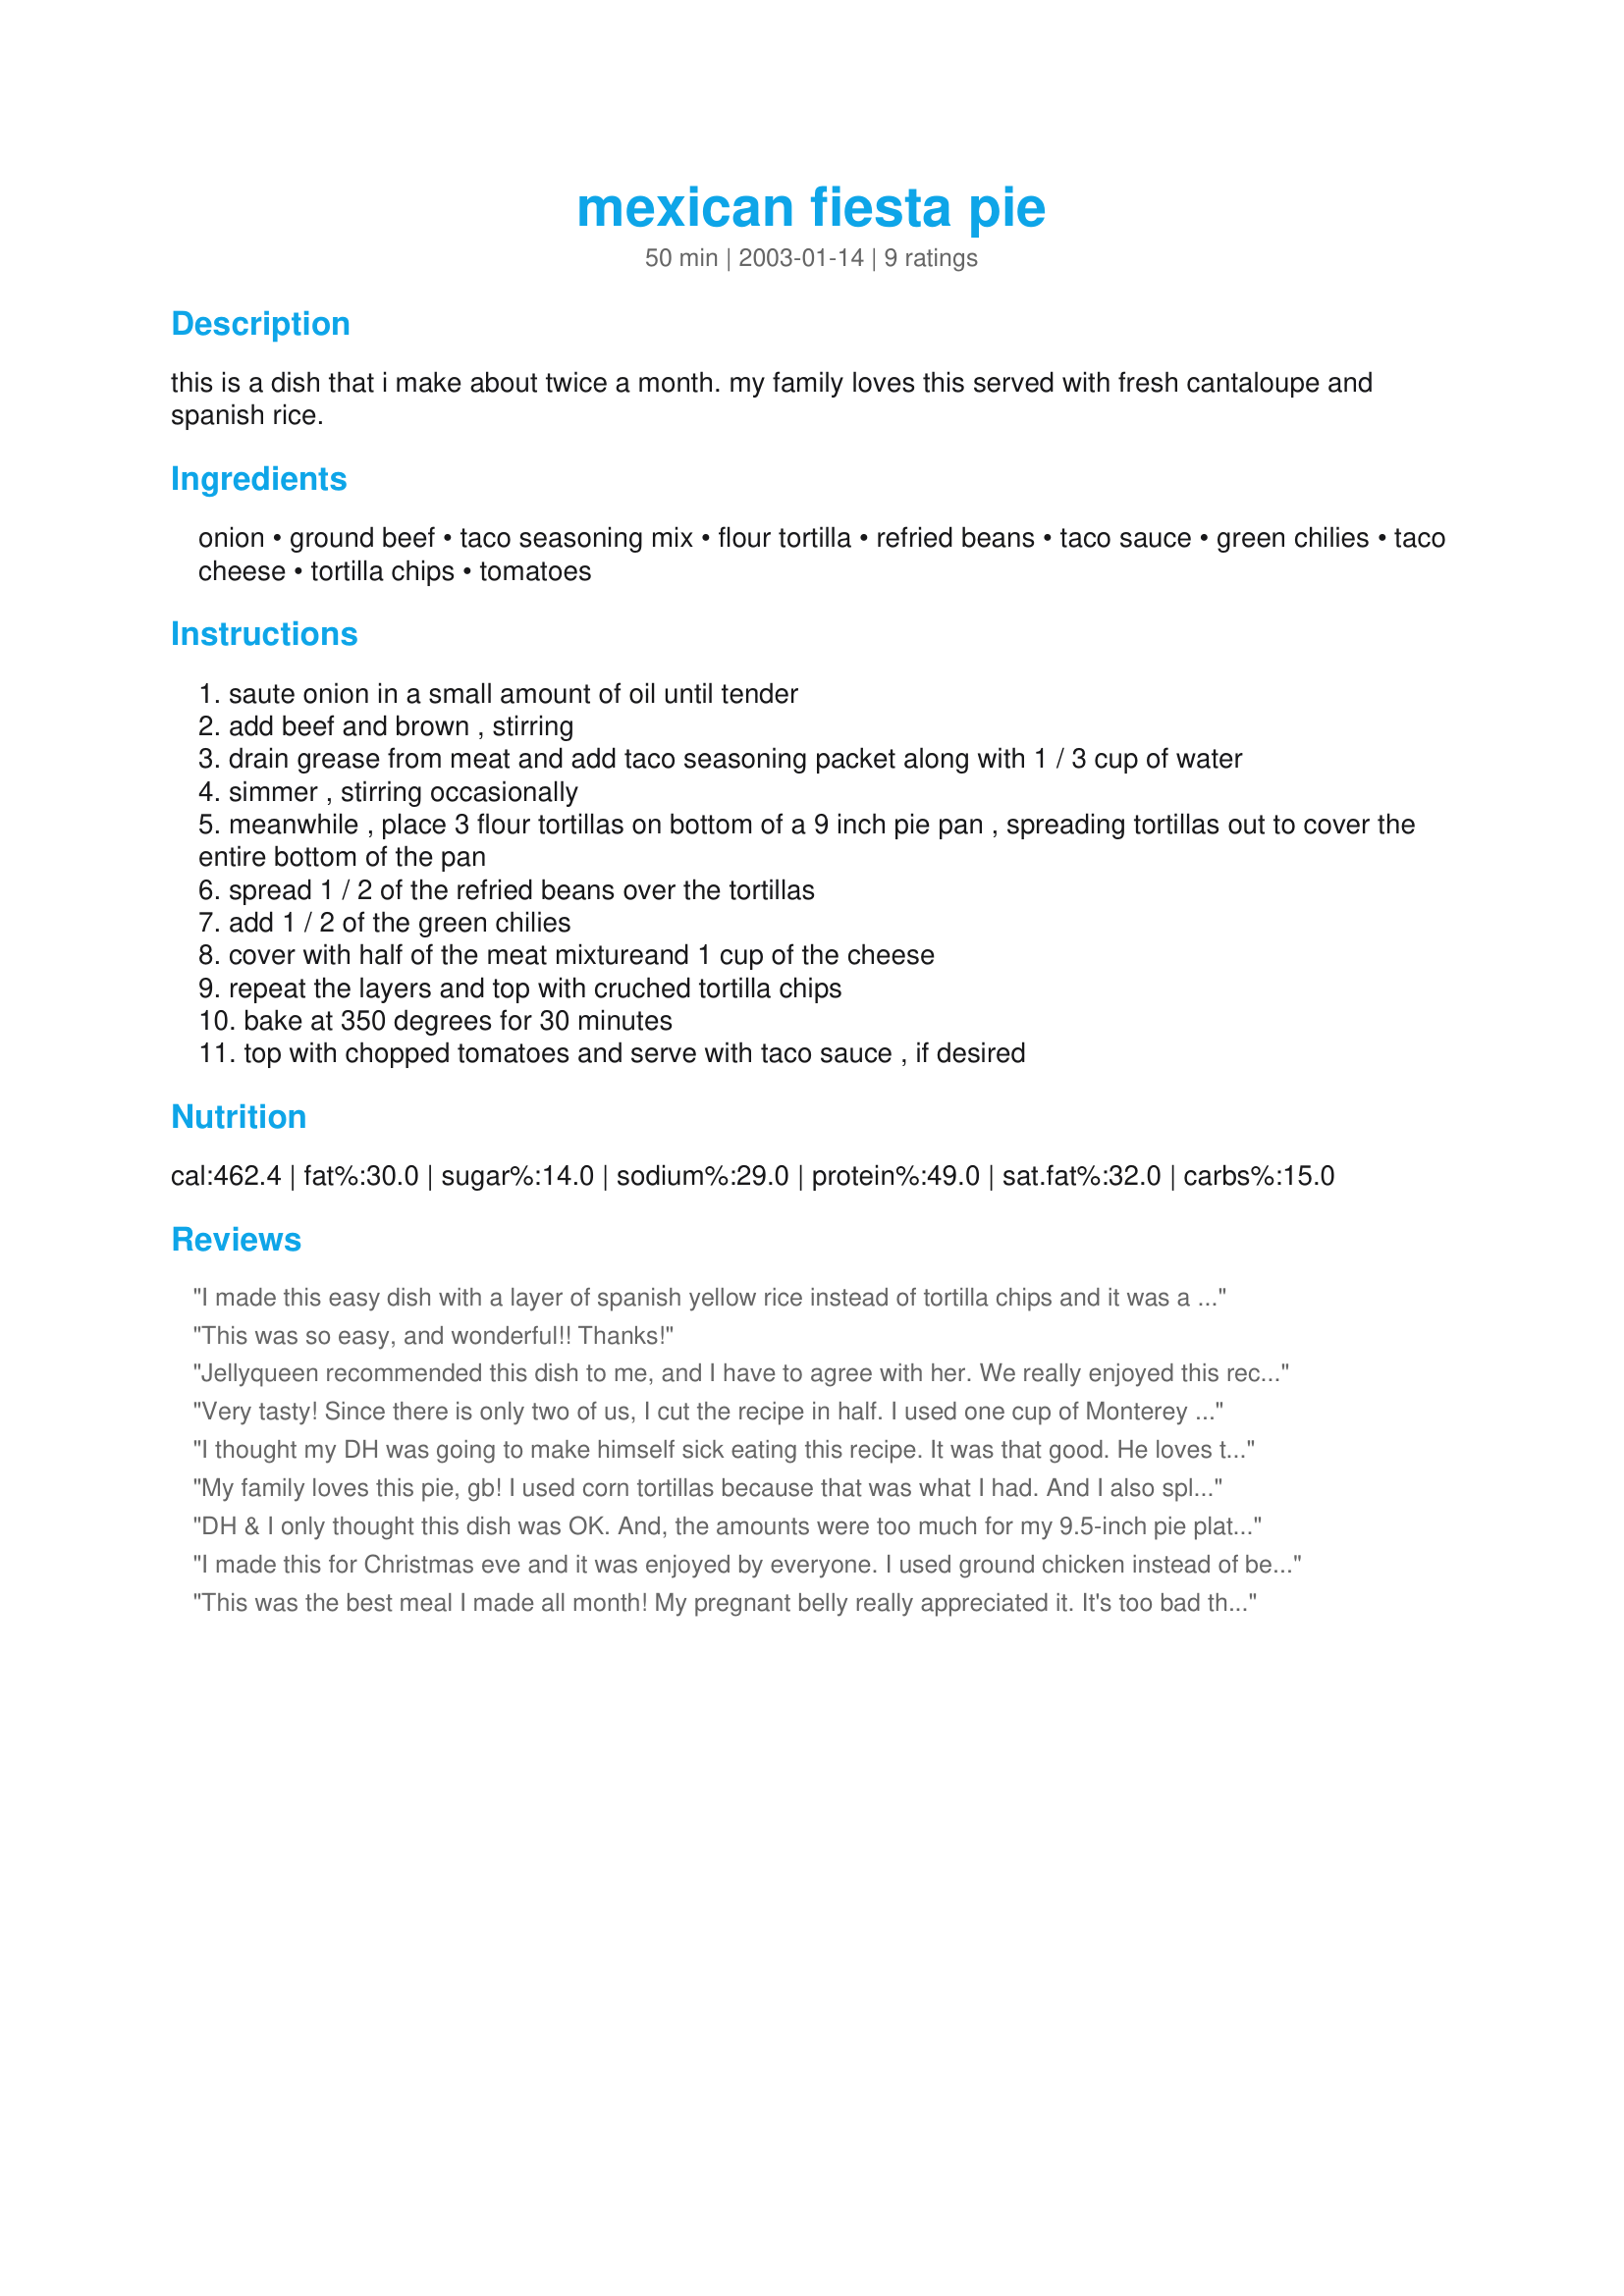
mexican fiesta pie
Preparation time: 50 minutes

this is a dish that i make about twice a month. my family loves this served with fresh cantaloupe and spanish rice.

Ingredients:
onion, ground beef, taco seasoning mix, flour tortilla, refried beans, taco sauce, green chilies, taco cheese, tortilla chips, tomatoes

Steps:
saute onion in a small amount of oil until tender
add beef and brown , stirring
drain grease from meat and add taco seasoning packet along with 1 / 3 cup of water
simmer , stirring occasionally
meanwhile , place 3 flour tortillas on bottom of a 9 inch pie pan , spreading tortillas out to cover the entire bottom of the pan
spread 1 / 2 of the refried beans over the tortillas
add 1 / 2 of the green chilies
cover with half of the meat mixtureand 1 cup of the cheese
repeat the layers and top with cruched tortilla chips
bake at 350 degrees for 30 minutes
top with chopped tomatoes and serve with taco sauce , if desired

Reviews:
I made this easy dish with a layer of spanish yellow rice instead of tortilla chips and it was a hit at a pot luck I attended. I served it with sour cream and guacamole. Many of the women asked for the recipe.
This was so easy, and wonderful!! Thanks!
Jellyqueen recommended this dish to me, and I have to agree with her. We really enjoyed this recipe.
Very tasty! Since there is only two of us, I cut the recipe in half. I used one cup of Monterey Jack cheese (I didn't have any colby to mix with it). I followed the recipe to a T, and the result was a very tasty supper, which I served with sour cream, and Mexican rice! Thanks for sharing this great recipe, gbmom! It will be a regular menu item in our house!
I thought my DH was going to make himself sick eating this recipe. It was that good. He loves trying my new recipes and gives me his opinion on them. This one is one that he will want often. I did scale the recipe down to serve 2 and used even less meat than the scaled version called for. We are not great big meat eaters. I also didn't have the taco cheese blend, so I used a American/Cheddar blend. I am sure it will be even better next time when I have the correct blend of cheese. Thanks for this quick and easy recipe.
My family loves this pie, gb! I used corn tortillas because that was what I had. And I also splashed a bit of taco sauce in the layers, too. My husband loved it so much, he had two huge servings, and swiped the rest for lunch the next day! We had chopped tomatoes and plain yogurt(which I prefer to sour cream) on the top, and it was delicious! Yellow rice on the side was perfect, as was the fresh canteloupe! It was refreshing served with the pie, and a nice change of pace. Thanks!
DH & I only thought this dish was OK. And, the amounts were too much for my 9.5-inch pie plate. I only needed 4 small flour tortillas for the 2 layers; and it was practically overflowing by the time I got both layers in & I still had leftover meat. I needed 2/3 cup of water to add to the meat with the seasoning for the seasoning to even dissolve. After 25 minutes of baking, this was dry ... it needs some sort of sauce in the layers, salsa or more water in the meat mixture. Sorry - we usually like this sort of meal, but I'll stick with our regular tortilla casserole. This just didn't work out for us.
I made this for Christmas eve and it was enjoyed by everyone. I used ground chicken instead of beef. I omitted the green chilies because I used refried beans with mild chilies added. Thanks for a great recipe.
This was the best meal I made all month! My pregnant belly really appreciated it. It's too bad there's not a rating higher than 5 stars for this one!
